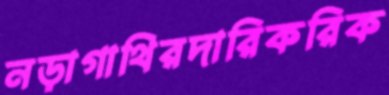
নড়াগাথিরদারিকরিক